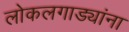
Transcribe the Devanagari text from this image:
लोकलगाड्यांना